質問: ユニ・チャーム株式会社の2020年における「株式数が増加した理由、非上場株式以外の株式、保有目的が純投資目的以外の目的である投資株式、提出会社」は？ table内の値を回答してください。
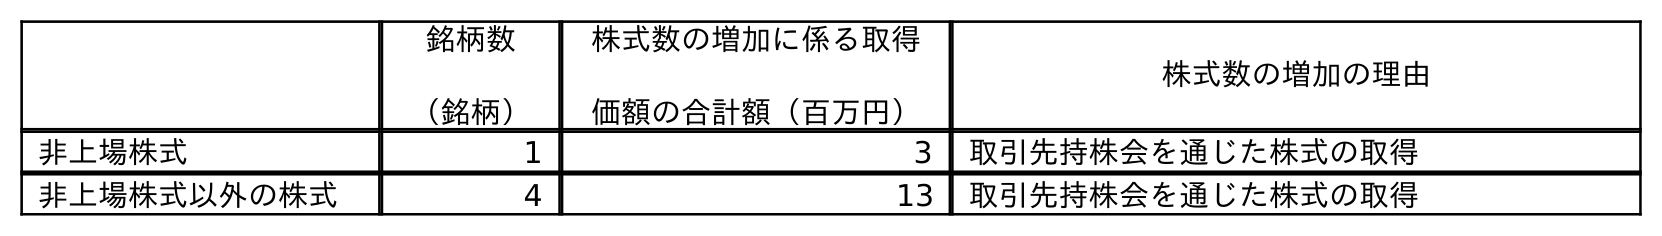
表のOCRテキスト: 銘柄数 （銘柄） 株式数の増加に係る取得 価額の合計額（百万円） 株式数の増加の理由 非上場株式 1 3 取引先持株会を通じた株式の取得 非上場株式以外の株式 4 13 取引先持株会を通じた株式の取得
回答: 取引先持株会を通じた株式の取得